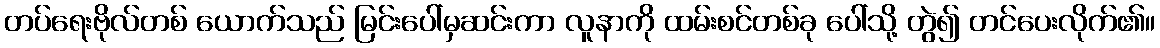
တပ်ရေးဗိုလ်တစ် ယောက်သည် မြင်းပေါ်မှဆင်းကာ လူနာကို ထမ်းစင်တစ်ခု ပေါ်သို့ တွဲ၍ တင်ပေးလိုက်၏။